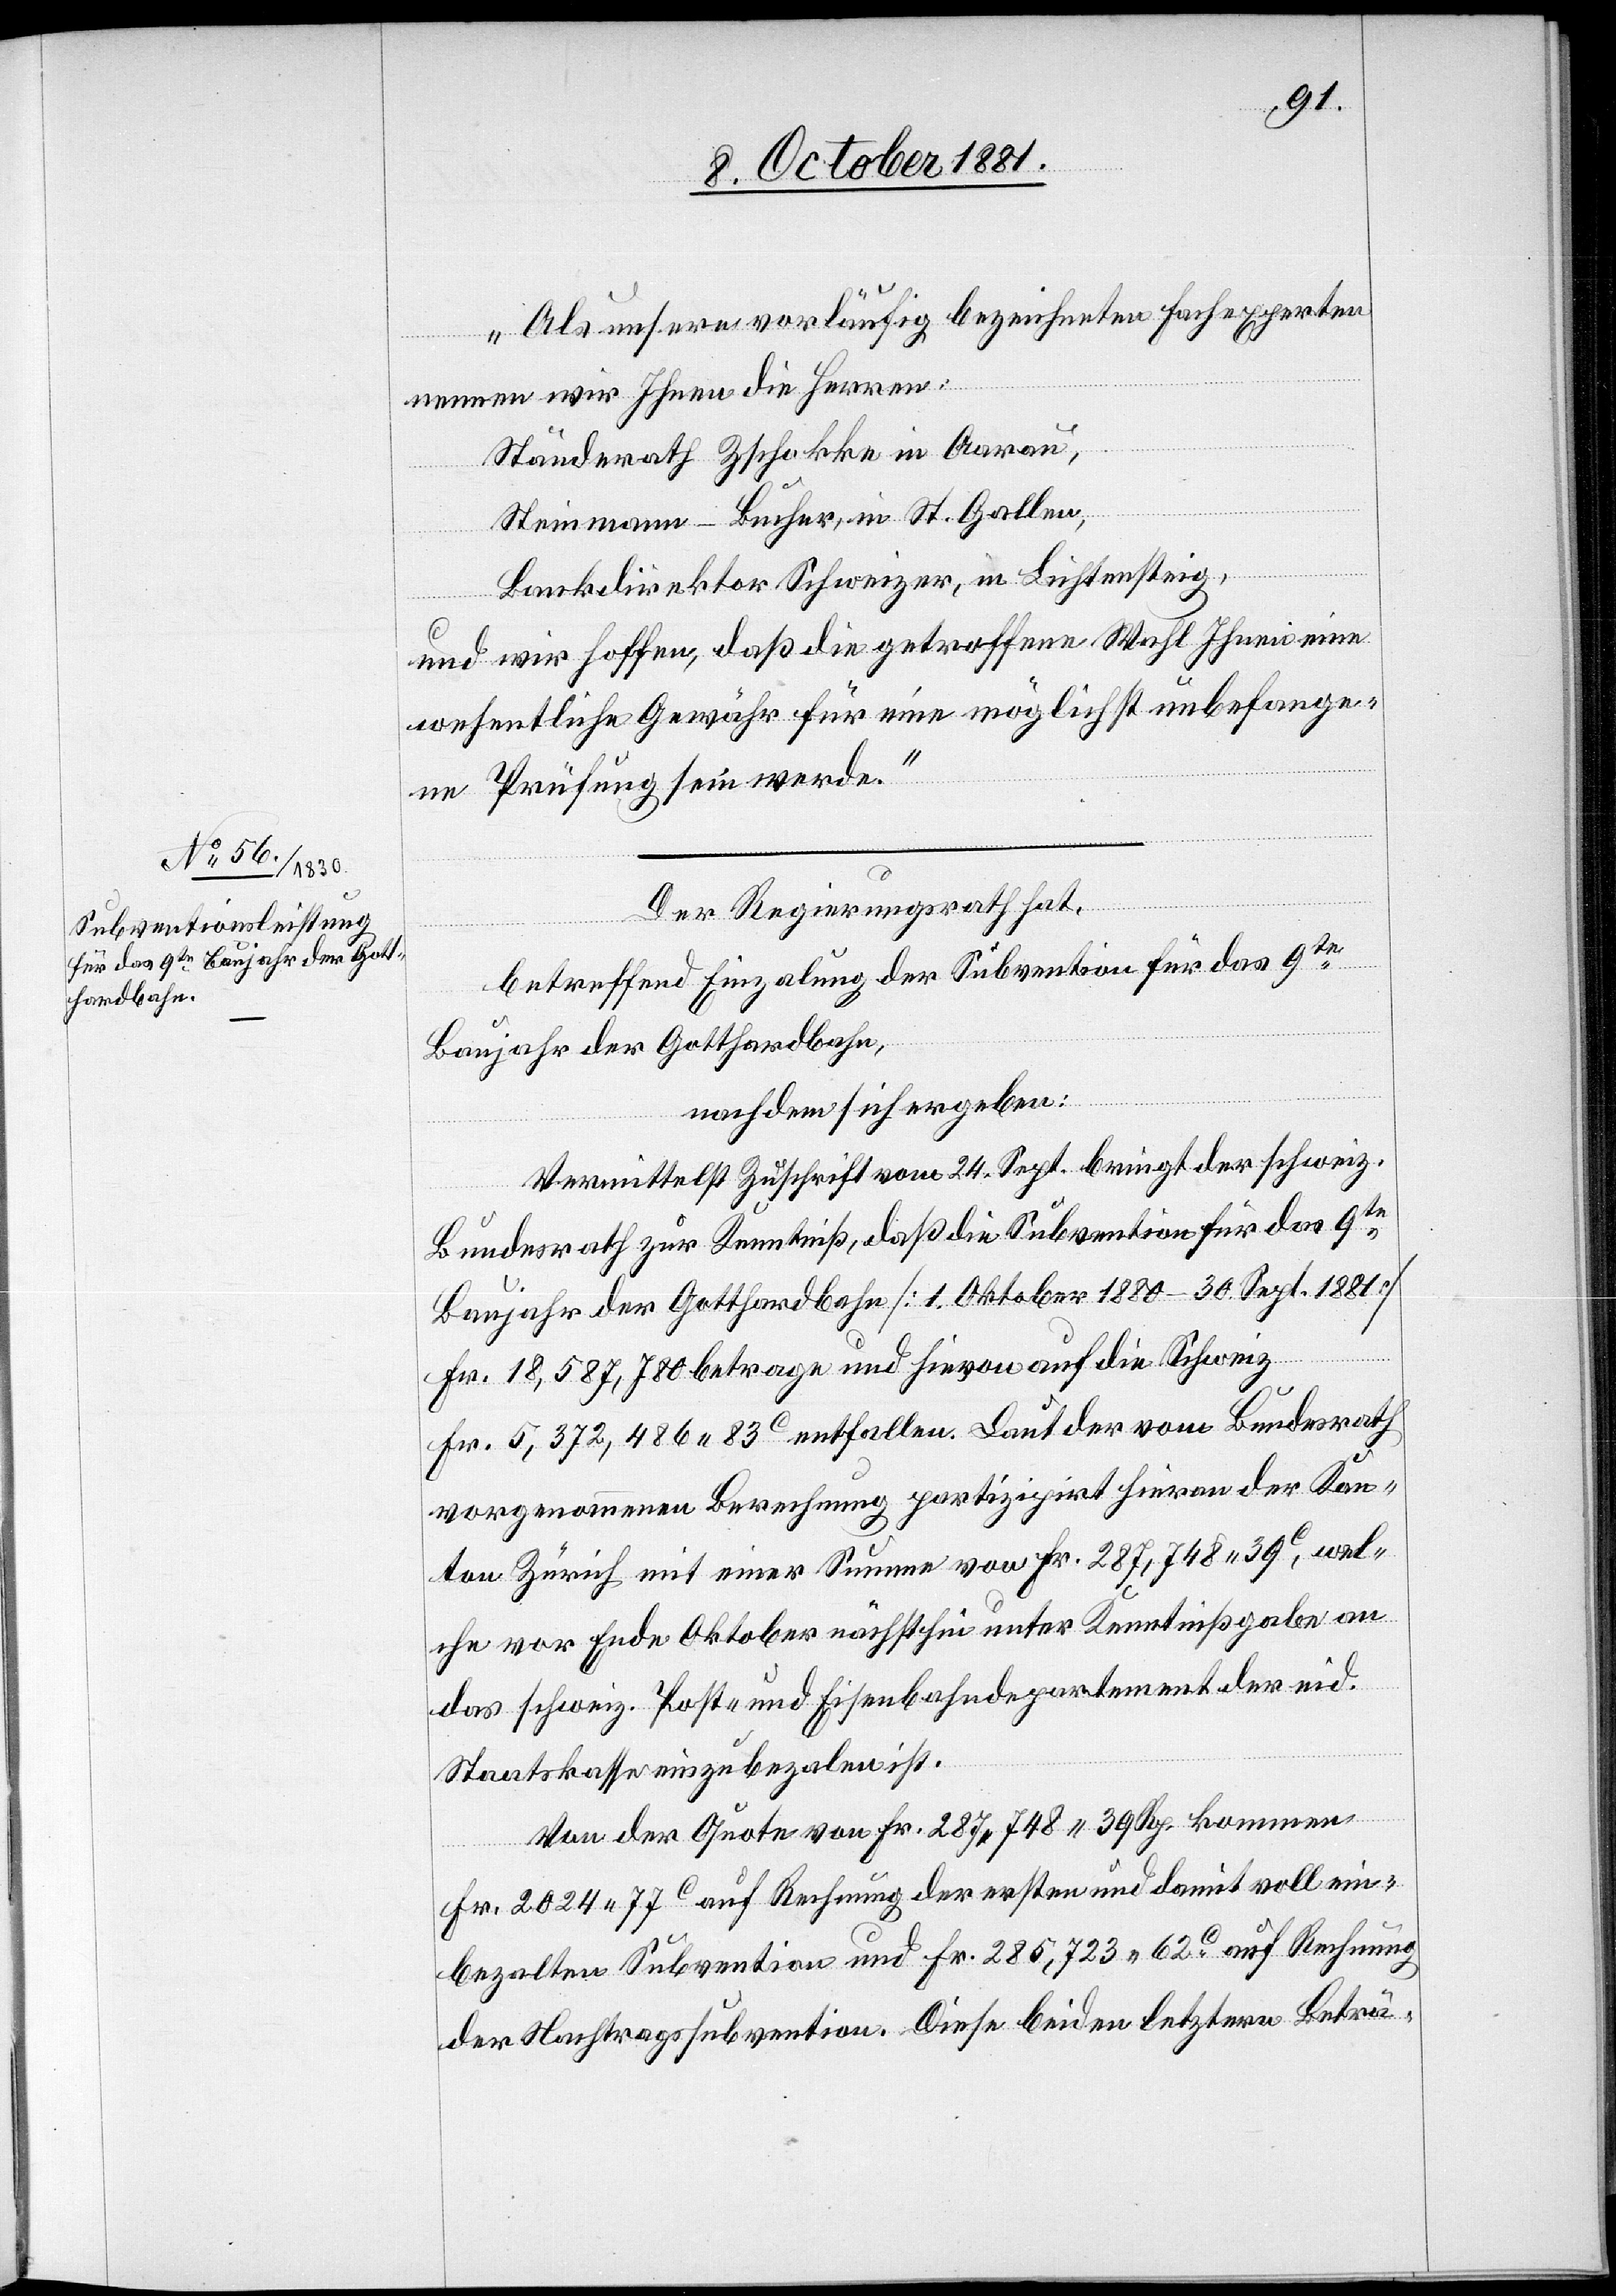
Als unsere vorläufig bezeichneten Fachexperten
nennen wir Ihnen die Herren:
Ständerath Zschokke in Aarau,
Steinmann-Bucher, in St. Gallen,
Bankdirektor Schweizer, in Lichtensteig,
und wir hoffen, daß die getroffene Wahl Ihnen eine
wesentliche Gewähr für eine möglichst unbefange¬
ne Prüfung sein werde.“
Der Regierungsrath hat,
betreffend Einzalung der Subvention für das 9te
Baujahr der Gotthardbahn,
nachdem sich ergeben:
Vermittelst Zuschrift vom 24. Sept. bringt der schweiz.
Bundesrath zur Kenntniß, daß die Subvention für das 9te
Baujahr der Gotthardbahn [1. Oktober 1880 – 30. Sept. 1881]
Fr. 18,587,780 betrage und hievon auf die Schweiz
Fr. 5,372,486 83C entfallen. Laut der vom Bundesrath
vorgenommenen Berechnung partizipirt hieran der Kan¬
ton Zürich mit einer Summe von Fr. 281,748 39C, wel¬
che vor Ende Oktober nächsthin unter Kenntnißgabe an
das schweiz. Post- und Eisenbahndepartement der eid.
Staatskasse einzubezalen ist.
Von der Quote von Fr. 287,748 39 Rp. kommen
Fr. 2024 77C auf Rechnung der ersten und damit voll ein¬
bezalten Subvention und Fr. 285,723 62C auf Rechnung
der Nachtragssubvention. Diese beiden letztern Beträ-